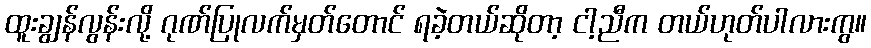
ထူးချွန်လွန်းလို့ ဂုဏ်ပြုလက်မှတ်တောင် ရခဲ့တယ်ဆိုတာ့ ငါ့ညီက တယ်ဟုတ်ပါလားကွ။